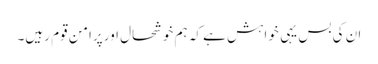
ان کی بس یہی خواہش ہے کہ ہم خوشحال اور پرامن قوم رہیں۔